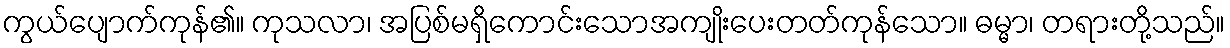
ကွယ်ပျောက်ကုန်၏။ ကုသလာ၊ အပြစ်မရှိကောင်းသောအကျိုးပေးတတ်ကုန်သော။ ဓမ္မာ၊ တရားတို့သည်။